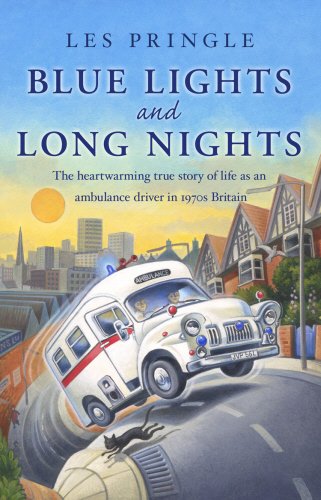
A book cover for Blue Lights and Long Nights; Les Pringle; Medical Books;